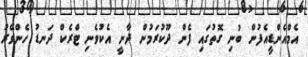
އެމްއެންޑީއެފުން ބުނި ގޮތުގައި ފެން ދޫކުރަމުން ދާނީ އެކުވެނި ޓްރެކް ދަނޑު ހެންވޭރު